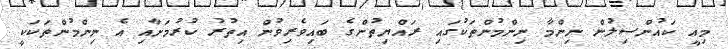
މިއީ ކައުންސިލުން ނިންމާ ނިންމުންތަކުގައި ރައްޔިތުންގެ ބައިވެރިވުން އިތުރު ކުރުމަށާއި އެ ނިންމުންތަކަކީ